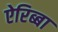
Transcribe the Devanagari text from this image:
ऐरिब्बा